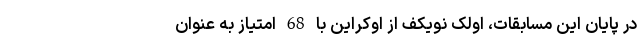
در پایان این مسابقات، اولک نویکف از اوکراین با 68 امتیاز به عنوان